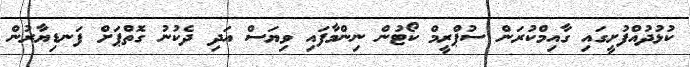
ކުޅުދުއްފުށީގައި ގާއިމްކުރަން ސުޕްރީމް ކޯޓުން ނިންމާފައި ވިޔަސް އަދި ދެކުނު ގޮތްޕަށް ފަނޑިޔާރުން